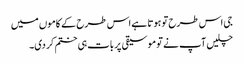
جی اس طرح تو ہوتا ہے اس طرح کے کاموں میں
چلیں آپ نے تو موسیقی پر بات ہی ختم کر دی۔